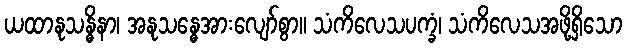
ယထာနုသန္ဓိနာ၊ အနုသန္ဓေအားလျော်စွာ။ သံကိလေသပက္ခံ၊ သံကိလေသအဖို့ရှိသော